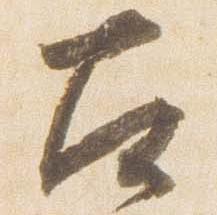
左